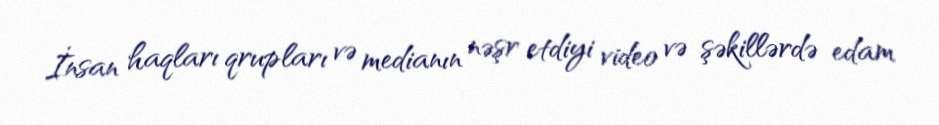
İnsan haqları qrupları və medianın nəşr etdiyi video və şəkillərdə edam